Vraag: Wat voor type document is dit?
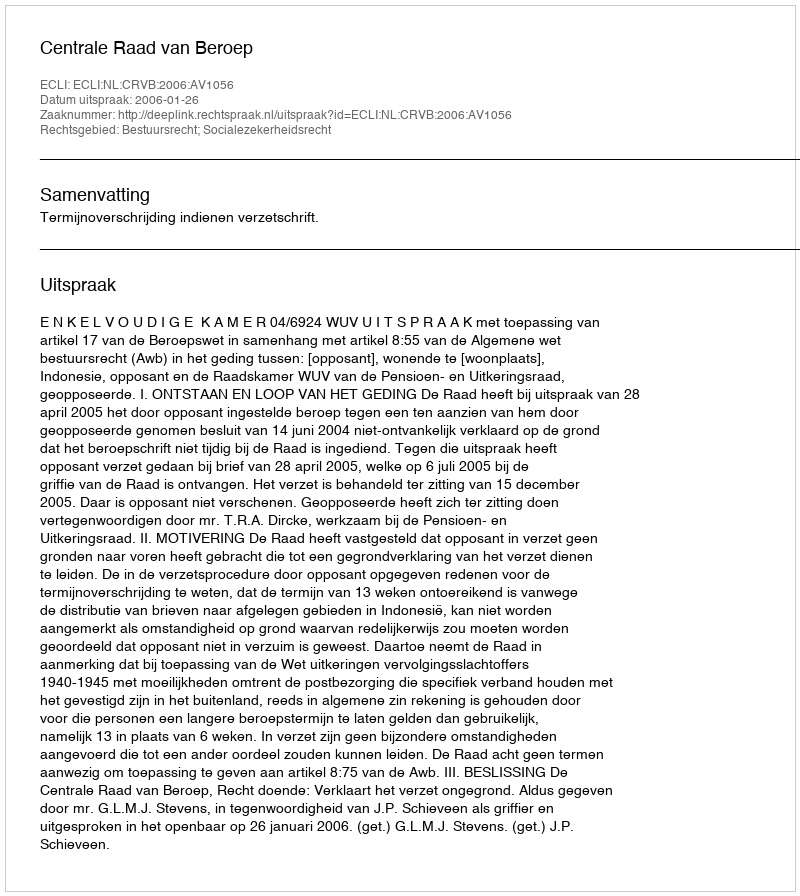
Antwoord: Uitspraak